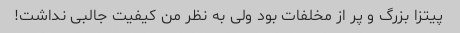
پیتزا بزرگ و پر از مخلفات بود ولی به نظر من کیفیت جالبی نداشت!